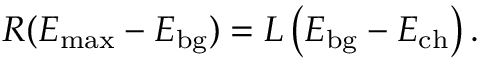
R ( E _ { \mathrm { m a x } } - E _ { \mathrm { b g } } ) = L \left( E _ { \mathrm { b g } } - E _ { \mathrm { c h } } \right) .